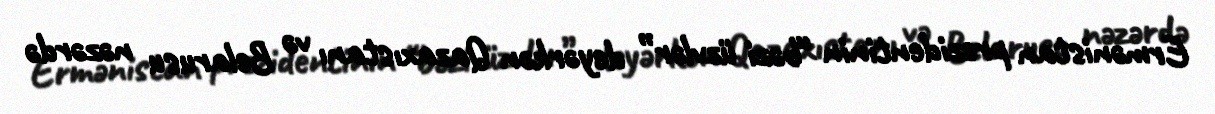
Ermənistan prezidentinin “bəzi üzvlər” deyərkən Qazaxıstanı və Belarusu nəzərdə